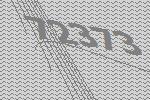
72373